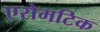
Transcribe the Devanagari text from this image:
एरोमटिक